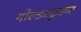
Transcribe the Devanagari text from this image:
गोल्डस्टूकर